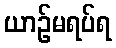
ယာဉ်မရပ်ရ